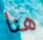
هنا